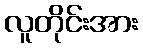
လူတိုင်းအား